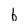
Character: 6